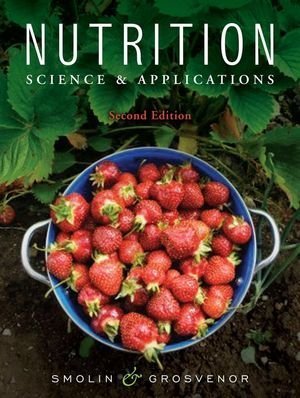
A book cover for Nutrition: Science and Applications; Lori A. Smolin; Medical Books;